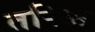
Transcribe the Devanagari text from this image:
तरिअ